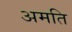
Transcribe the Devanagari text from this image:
अमति